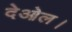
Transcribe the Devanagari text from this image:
देओल।